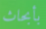
بأبحاث